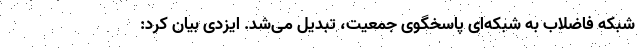
شبکه فاضلاب به شبکه‌ای پاسخگوی جمعیت، تبدیل می‌شد. ایزدی بیان کرد: